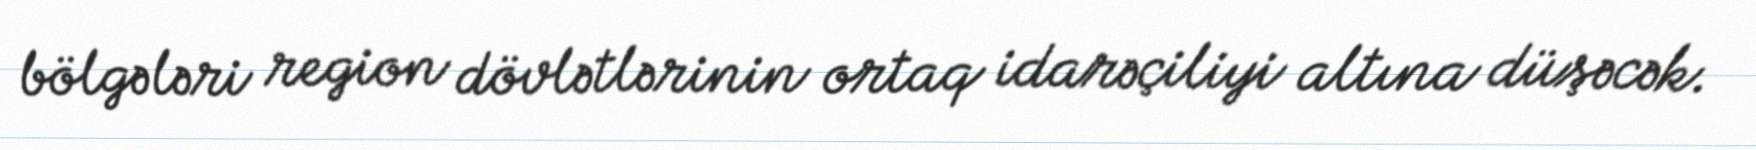
bölgələri region dövlətlərinin ortaq idarəçiliyi altına düşəcək.